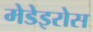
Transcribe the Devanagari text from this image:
मेडेइरोस